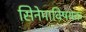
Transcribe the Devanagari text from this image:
सिनेमाविषयक